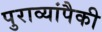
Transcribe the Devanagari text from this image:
पुराव्यांपैकी